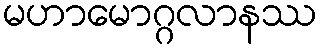
မဟာမောဂ္ဂလာနဿ